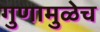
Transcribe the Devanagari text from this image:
गुणामुळेच